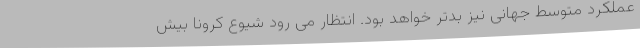
عملکرد متوسط جهانی نیز بدتر خواهد بود. انتظار می رود شیوع کرونا بیش